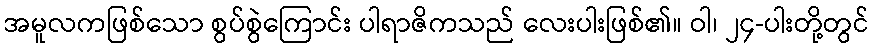
အမူလကဖြစ်သော စွပ်စွဲကြောင်း ပါရာဇိကသည် လေးပါးဖြစ်၏။ ဝါ၊ ၂၄-ပါးတို့တွင်